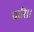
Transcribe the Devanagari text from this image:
चारि।।